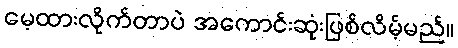
မေ့ထားလိုက်တာပဲ အကောင်းဆုံးဖြစ်လိမ့်မည်။